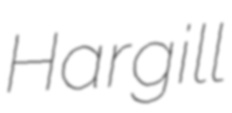
Hargill